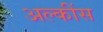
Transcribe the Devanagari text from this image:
अल्कींस